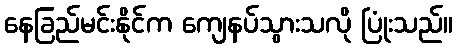
နေခြည်မင်းနိုင်က ကျေနပ်သွားသလို ပြုံးသည်။